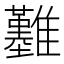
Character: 𩁢